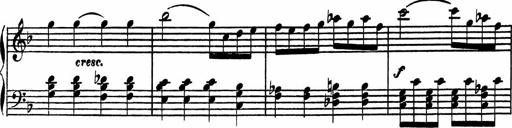
Title: 4 Piano Sonatinas
Composer: Adam Geibel